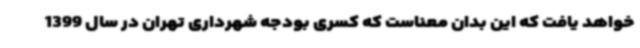
خواهد یافت که این بدان معناست که کسری بودجه شهرداری تهران در سال 1399